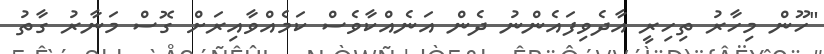
"ހޫން މިހާރު ތިހިރީ އާދެވިފައެންނު ދެން އަނެއްކާވެސް ކަމެއްވާއިރަށް ގޮސް މަނާރު ގާތު